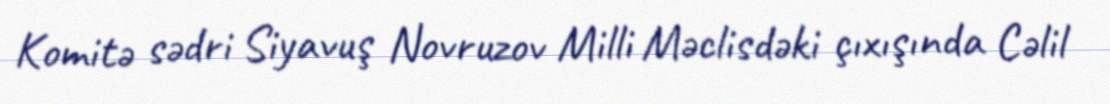
Komitə sədri Siyavuş Novruzov Milli Məclisdəki çıxışında Cəlil